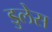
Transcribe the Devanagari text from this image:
डुलेस